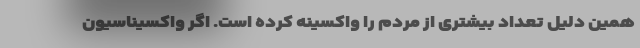
همین دلیل تعداد بیشتری از مردم را واکسینه کرده است. اگر واکسیناسیون